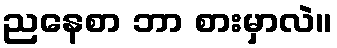
ညနေစာ ဘာ စားမှာလဲ။